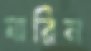
যারিন